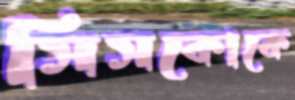
সিসকোকে